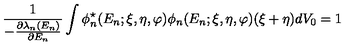
\frac { 1 } { - \frac { \partial \lambda _ { n } ( E _ { n } ) } { \partial E _ { n } } } \int \phi _ { n } ^ { \star } ( E _ { n } ; \xi , \eta , \varphi ) \phi _ { n } ( E _ { n } ; \xi , \eta , \varphi ) ( \xi + \eta ) d V _ { 0 } = 1